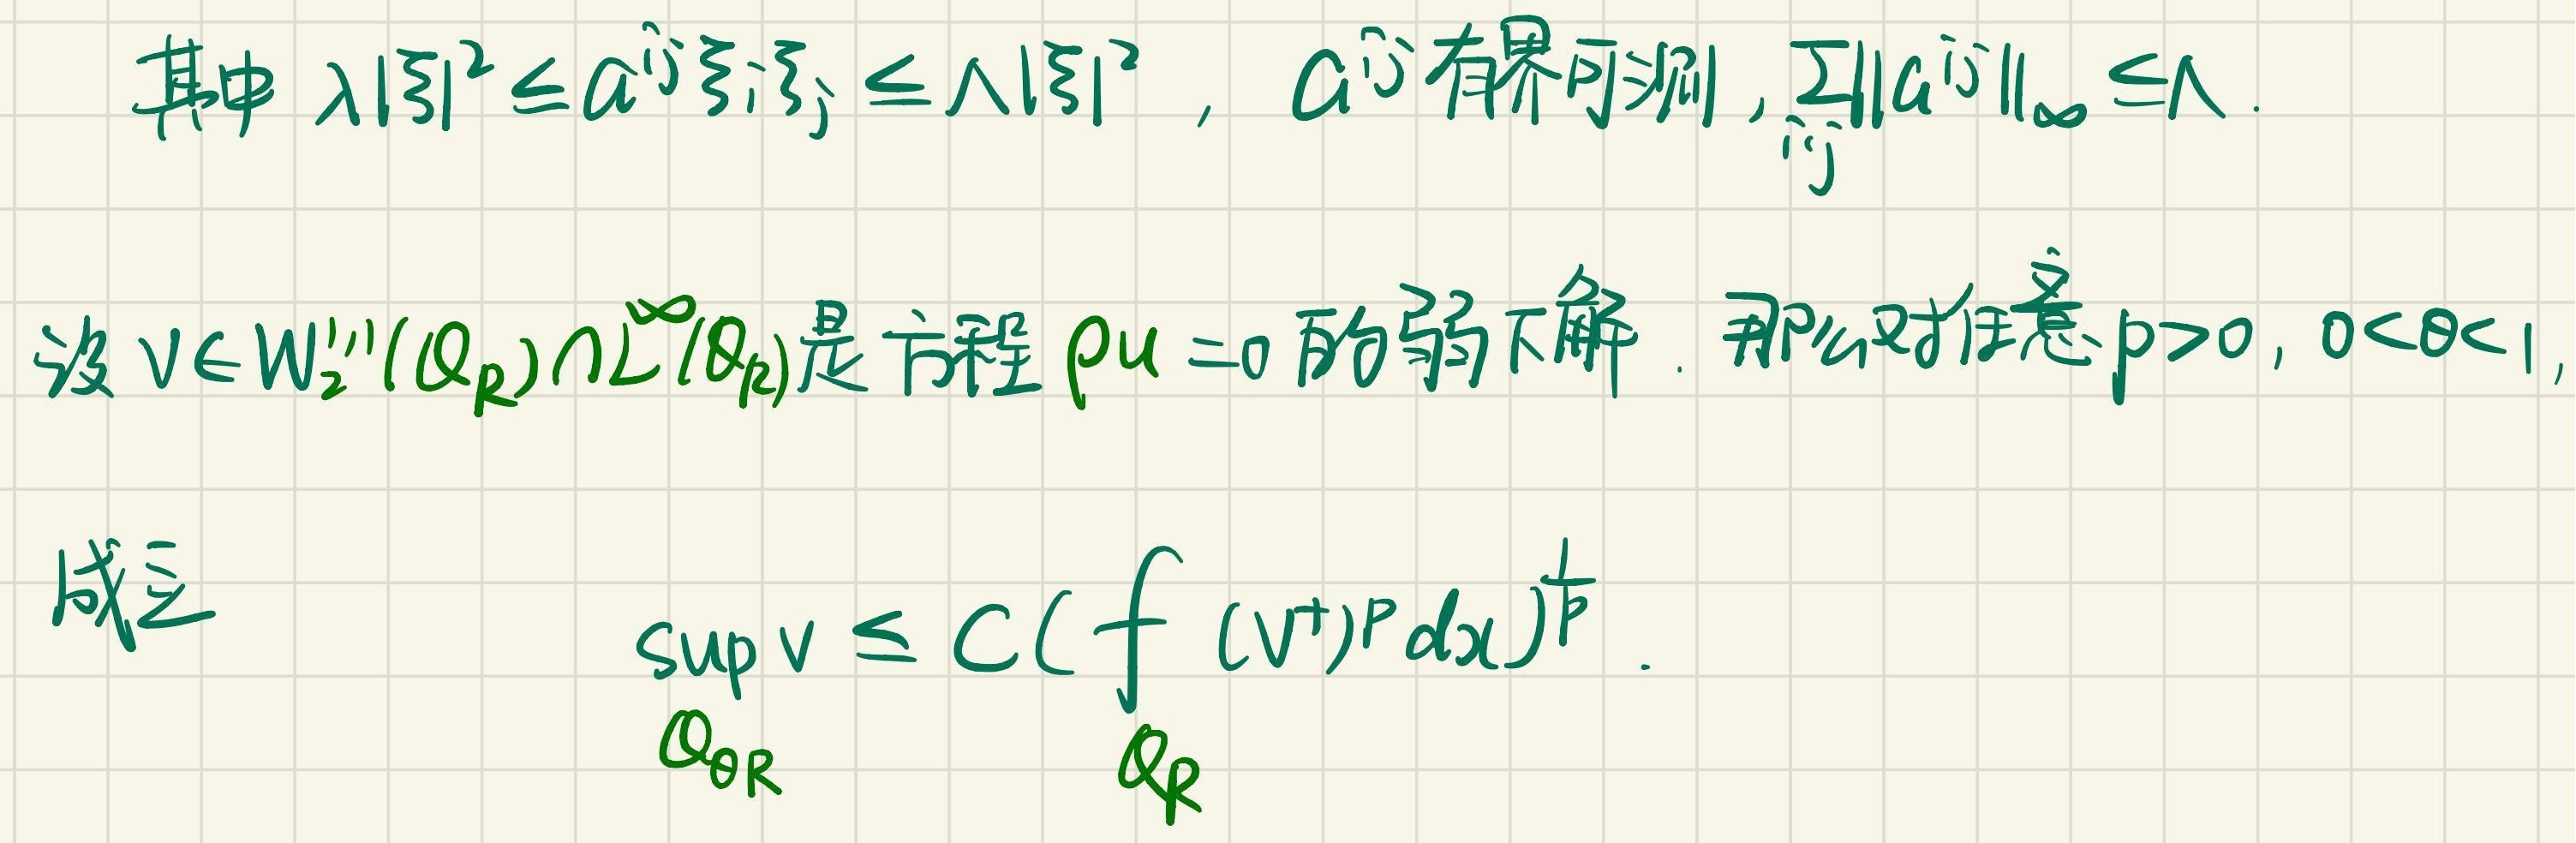
其中 \(\lambda|\xi|^2 \leq a^{ij}\xi_i\xi_j \leq \Lambda|\xi|^2\)，\(a^{ij}\) 有界可测，\(\underset{i,j}{\sum}\|a^{ij}\|_{\infty} \leq \Lambda\)。

设 \(v \in W_{2}^{1,1}(Q_R)\cap L^{\infty}(Q_R)\) 是方程 \(Lv = 0\) 的弱下解。那么对任意 \(p > 0, 0 < \theta < 1\)，成立

\[ \sup_{Q_{\theta R}}v \leq C\left(f_{Q_R}(v^{+})^p \mathrm{d}x\right)^{\frac{1}{p}}. \]

这里把 \(dx\) 改为 \(\mathrm{d}x\) 使微分表达更规范，若不允许修改可去掉 \(\mathrm{}\) 恢复原样。